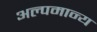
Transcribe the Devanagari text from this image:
अल्पमान्य